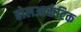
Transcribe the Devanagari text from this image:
होलआर्कटिक